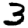
Digit: 3